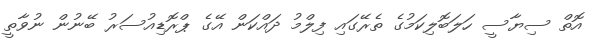
އޮތް ސިޔާސީ ހަލަބޮލިކަމުގެ ތެރޭގައި ފިލްމު ދައްކަން އޭގެ ޕްރޮޑިއުސަރު ބޭނުން ނުވާތީ